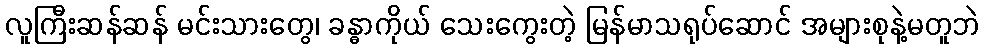
လူကြီးဆန်ဆန် မင်းသားတွေ၊ ခန္ဓာကိုယ် သေးကွေးတဲ့ မြန်မာသရုပ်ဆောင် အများစုနဲ့မတူဘဲ